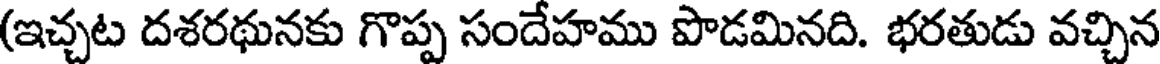
(ఇచ్చట దశరథునకు గొప్ప సందేహము పొడమినది. భరతుడు వచ్చిన